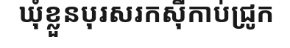
ឃុំខ្លួនបុរសរកស៊ីកាប់ជ្រូក